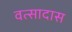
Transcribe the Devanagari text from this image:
वत्सादास